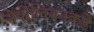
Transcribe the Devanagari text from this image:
नेपोलियनकडे